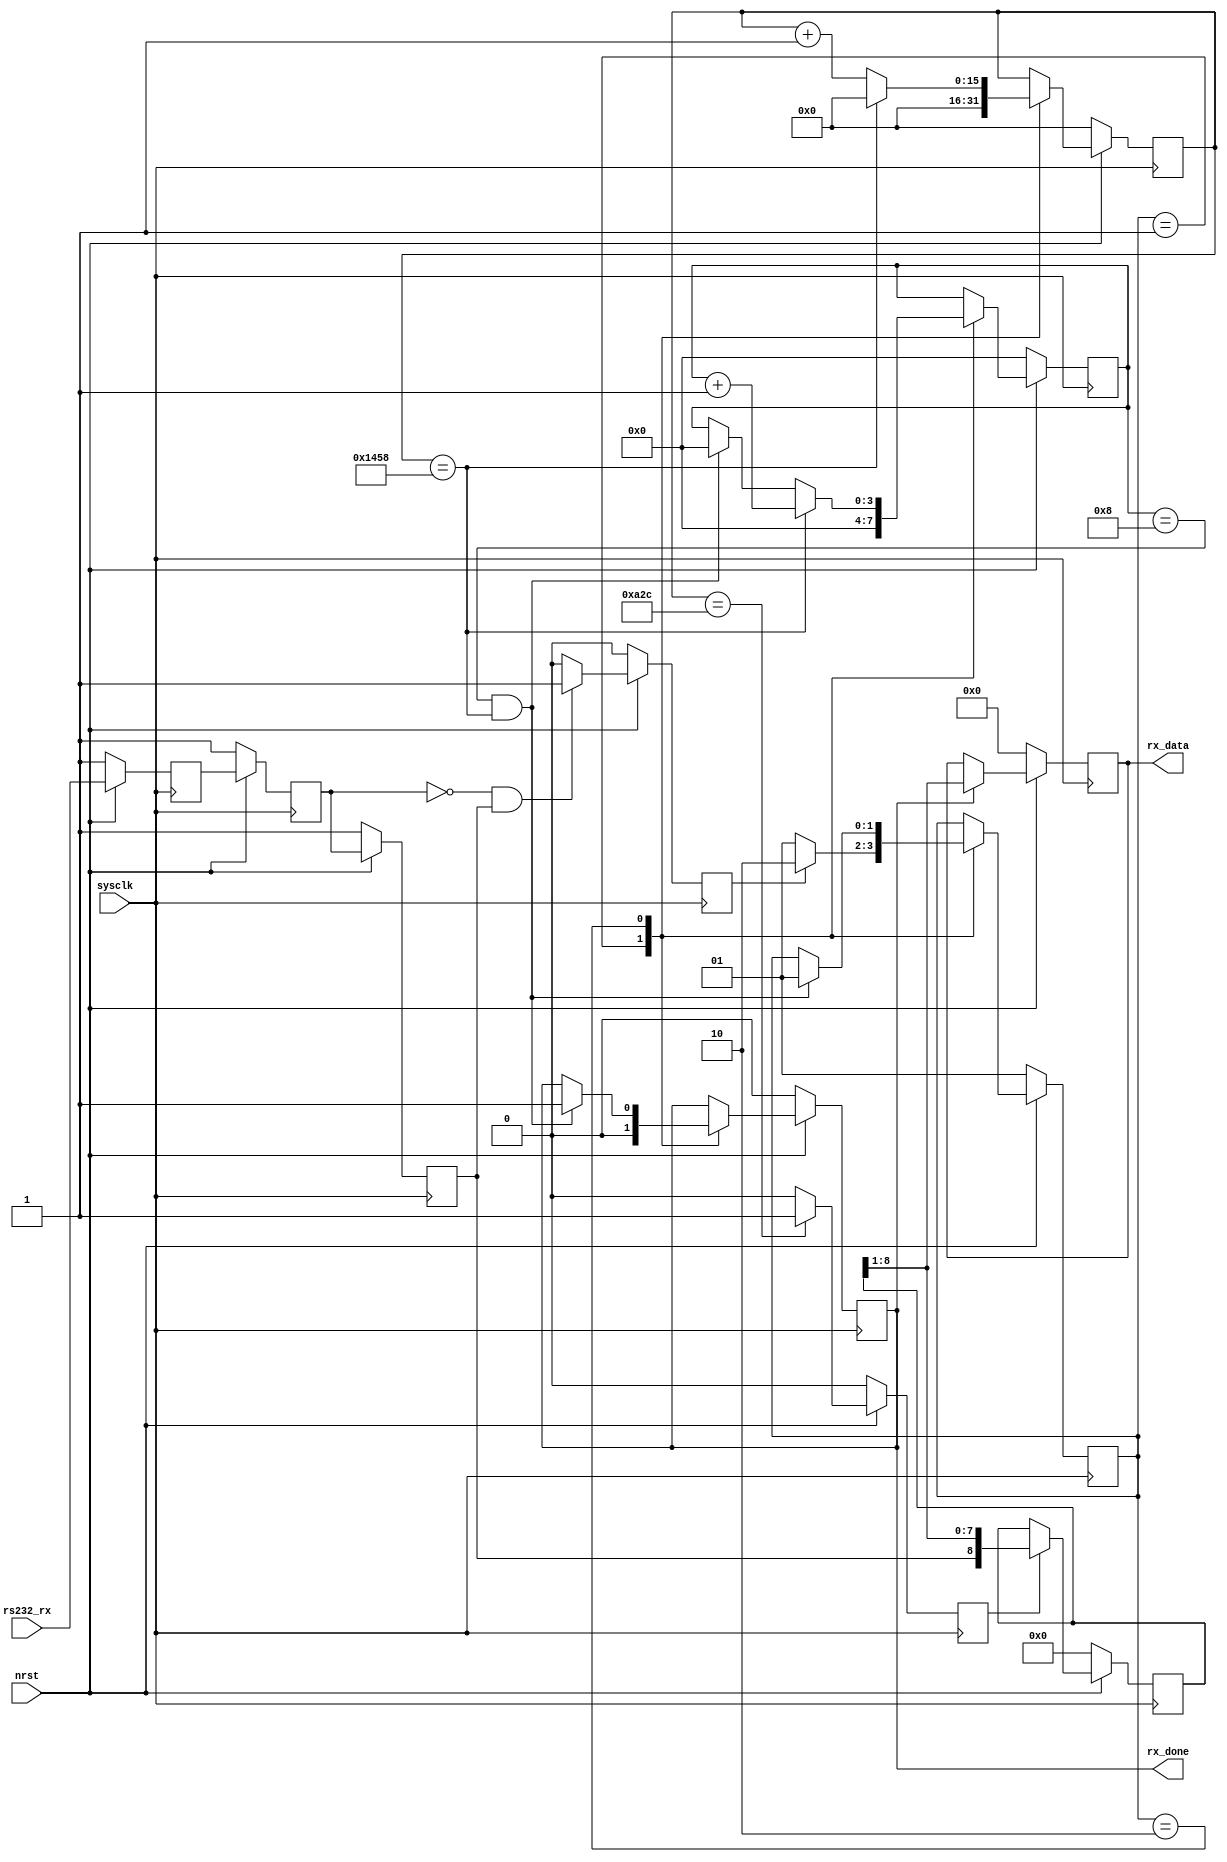
module uart_rx (	sysclk		,
					nrst		,
					
					rs232_rx	,
					
					rx_done		,
					rx_data		
					);
	input sysclk ;
	input nrst   ;
	input rs232_rx ;
	output reg rx_done ;
	output reg [7:0] rx_data ;
	//output [7:0] rx_data ;
	
	// clkdomin chg pre_processing 
	reg rs232_rx_d   ;
	reg rs232_rx_dd  ;
	reg rs232_rx_ddd ;
	always@( posedge sysclk )
	begin
		if( ~nrst ) begin
			rs232_rx_d   <= 1'b1 ;
		    rs232_rx_dd  <= 1'b1 ;
		    rs232_rx_ddd <= 1'b1 ;
		end
		else begin
			rs232_rx_d   <= rs232_rx    ;
		    rs232_rx_dd  <= rs232_rx_d  ;
		    rs232_rx_ddd <= rs232_rx_dd ;
		end 
	end
	
	wire rx_in ;
	assign rx_in = rs232_rx_ddd ;
	
	// rs232_rx negedge detect 
	reg rx_falling_edge ;
	always@( posedge sysclk )
	begin
		if( ~nrst ) begin
			rx_falling_edge <= 1'b0 ;
		end
		else if( ~rs232_rx_dd & rs232_rx_ddd )begin
			rx_falling_edge <= 1'b1 ;
		end 
		else begin
			rx_falling_edge <= 1'b0 ;
		end 
	end
	
	// bit_cnt and bit sample_flag gen
	localparam  IDLE	= 2'b01 ,
				CNT_GEN = 2'b10 ;
	reg [ 1:0] current_state ;
	reg [15:0] sample_cnt    ;
	reg [ 3:0] bit_cnt       ;
	reg  	   flag_rx_busy  ;
	always@( posedge sysclk )
	begin
		if( ~nrst ) begin
			current_state <= IDLE ;
			flag_rx_busy  <= 1'b0 ;
			sample_cnt    <= 16'b0 ;
			bit_cnt       <= 4'b0  ;
			rx_done       <= 1'b0  ;
		end
		else begin
			case( current_state )
				IDLE:begin
					rx_done       <= 1'b0  ;
					if( rx_falling_edge ) begin
						current_state <= CNT_GEN ;
						sample_cnt    <= 16'b0   ;
						bit_cnt       <= 4'b0    ;
						flag_rx_busy  <= 1'b1    ;
					end
					else begin
						current_state <= IDLE  ;
						sample_cnt    <= 16'b0 ;
						bit_cnt       <= 4'b0  ;
						flag_rx_busy  <= 1'b0  ;
					end 
				end 
				CNT_GEN:begin
					if ( bit_cnt == 4'd8 && sample_cnt == 16'd5208 ) begin
						current_state 	<= IDLE 	;
						bit_cnt 		<= 4'd0 	;
						sample_cnt 		<= 16'd0 	;
						flag_rx_busy    <= 1'b1     ;
						rx_done         <= 1'b1	    ;
					end 
					if( sample_cnt == 16'd5208 ) begin
						sample_cnt 	<= 16'b0 ;
						bit_cnt 	<= bit_cnt + 1'b1 	;
					end 
					else begin
						sample_cnt <= sample_cnt + 1'b1 ;
					end 
				end 
			endcase
		end 
	end
	
	// flag_sample 
	reg flag_samle ;
	always@( posedge sysclk )
	begin
		if( ~nrst ) begin
			flag_samle <= 1'b0 ;
		end
		else if ( sample_cnt == 2604 ) begin
			flag_samle <= 1'b1 ;
		end 
		else begin
			flag_samle <= 1'b0 ;
		end
	end
	
	// recieve serial data
	reg [8:0] cash_rxdata ;
	always@( posedge sysclk )
	begin
		if( ~nrst ) begin
			cash_rxdata <= 9'b0 ;
		end
		else if ( flag_samle ) begin
			cash_rxdata <= { rx_in,cash_rxdata[8:1] };
		end
		else begin
			cash_rxdata <= cash_rxdata ;
		end
	end
	
	// rx_data output
	//assign rx_data = cash_rxdata[8:1] ;
	always@( posedge sysclk )
	begin
		if( ~nrst ) 
			rx_data <= 8'b0 ;
		else if ( rx_done ) 
			rx_data <= cash_rxdata[8:1] ;
		else 
			rx_data <= rx_data ;
	end
endmodule